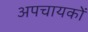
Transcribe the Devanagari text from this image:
अपचायकों